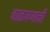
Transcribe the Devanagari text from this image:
बाळपणाची